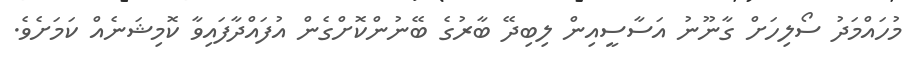
މުހައްމަދު ސޯލިހަށް ގާނޫނު އަސާސީއިން ލިބިދޭ ބާރުގެ ބޭނުންކޮށްގެން އުފައްދާފައިވާ ކޮމިޝަނެއް ކަމަށެވެ.